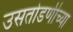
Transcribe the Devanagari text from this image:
उसतोडणीच्या